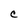
Character: c